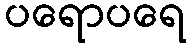
ပရောပရေ